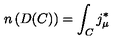
n \left( D ( C ) \right) = \int _ { C } j _ { \mu } ^ { * }